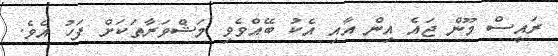
ރައީސް މޫން ޖައެ އިން އާއި އެކު ބޭއްވެވި މަޝްވަރާތަކަށް ފަހު އެވެ.